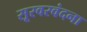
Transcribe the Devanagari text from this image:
सूरवरवंदना